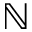
\mathbb { N }